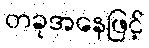
တခုအနေဖြင့်